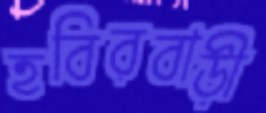
হবিরবাড়ী